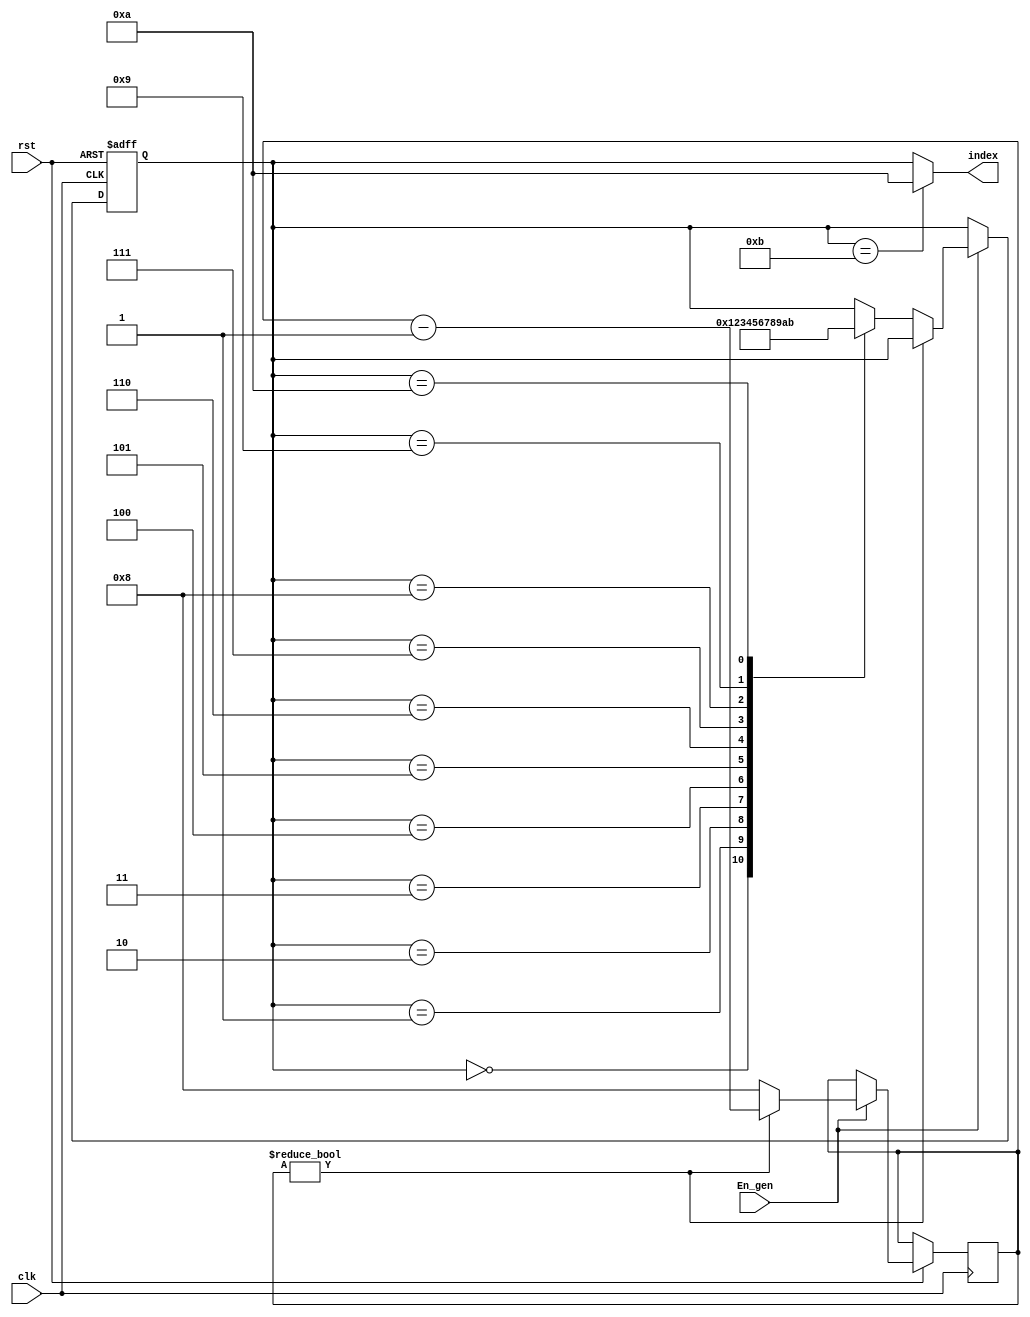
`timescale 1ns / 1ps
//////////////////////////////////////////////////////////////////////////////////
// Company: 
// Engineer: 
// 
// Design Name: 
// Module Name: GetKey_FSM
// Project Name: 
// Target Devices: 
// Tool Versions: 
// Description: 
// 
// Dependencies: 
// 
// Revision:
// Revision 0.01 - File Created
// Additional Comments:
// 
//////////////////////////////////////////////////////////////////////////////////


module GetKey_FSM
(
  input clk,
  input rst,
  input En_gen,
  output reg [3:0] index
);

reg [3:0] state_next,state_reg;

localparam s0 =0 ;
localparam s1 =1 ;
localparam s2 =2 ;
localparam s3 =3 ;
localparam s4 =4 ;
localparam s5 =5 ;
localparam s6 =6 ;
localparam s7 =7 ;
localparam s8 =8 ;
localparam s9 =9 ;
localparam s10 = 10 ;
localparam s11= 11;

reg [3:0] counter=8;
always @(posedge clk, negedge rst) 
begin
    if (~rst) 
    begin
        state_reg<=s0;    
    end
    else if (En_gen)
    begin
        if (counter !=0) 
        begin
            state_reg<=state_reg;
            counter<=counter-1;    
        end
        else
        begin
            state_reg<=state_next;
            counter=8;
        end
    end    
end
always @(*) 
begin
    case (state_reg)
        s0:state_next=s1;
        s1:state_next=s2;
        s2:state_next=s3;
        s3:state_next=s4;
        s4:state_next=s5;
        s5:state_next=s6;
        s6:state_next=s7;
        s7:state_next=s8;
        s8:state_next=s9;
        s9:state_next=s10;
        s10:state_next=s11;
        default: state_next=state_reg;  
    endcase    
end

always @(*) 
begin
    if (state_reg==s11) 
    begin
        index=10;    
    end
    else
        index=state_reg;    
end

assign Valid_Keys=(index==10);
endmodule